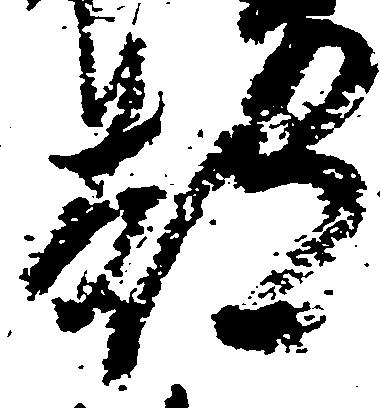
都